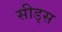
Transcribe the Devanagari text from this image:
सीड्‌स